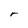
Character: r